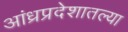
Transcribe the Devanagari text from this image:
आंध्रप्रदेशातल्या